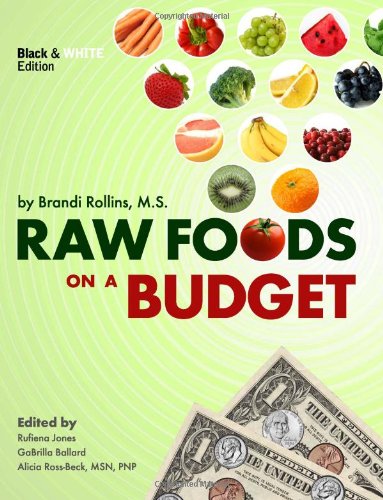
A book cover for Raw Foods on a Budget: The Ultimate Program and Workbook to Enjoying a Budget-loving, Plant-based Lifestyle (Black and White Edition); Brandi Y Rollins; Cookbooks, Food & Wine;